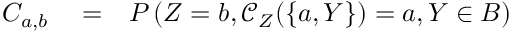
\begin{array} { r l r } { C _ { a , b } } & { { } = } & { P \left( Z = b , \mathcal { C } _ { Z } ( \{ a , Y \} ) = a , Y \in B \right) } \end{array}